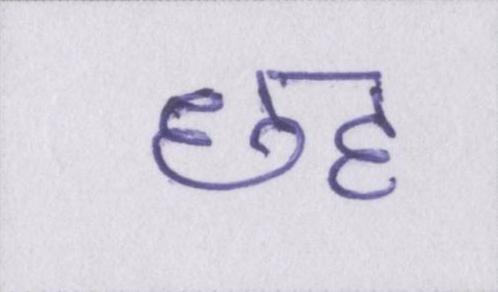
छह